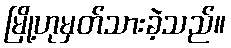
မြို့ဟုမှတ်သားခဲ့သည်။